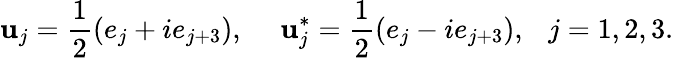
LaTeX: \mathbf{u}_{j}=\frac{{1}}{{2}}(e_{j}+ie_{j+3}),~~~~~\mathbf{u}_{j}^{*}=\frac{{1}}{{2}}(e_{j}-ie_{j+3}),~~~j=1,2,3.